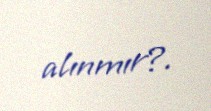
alınmır?.